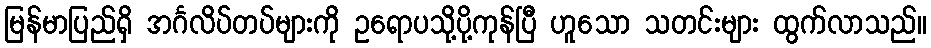
မြန်မာပြည်ရှိ အင်္ဂလိပ်တပ်များကို ဥရောပသို့ပို့ကုန်ပြီ ဟူသော သတင်းများ ထွက်လာသည်။